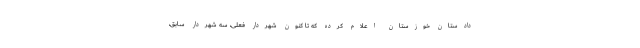
دادستان خوزستان اعلام کرده که تا کنون شهردار فعلی، سه شهردار سابق،